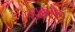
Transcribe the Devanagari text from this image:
ल्यूकमैन